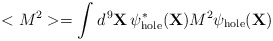
\begin{align*}<M^2> = \int d^{\,9}{\bf X} \, \psi_{\rm hole}^*({\bf X}) M^2\psi_{\rm hole}({\bf X})\end{align*}